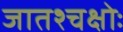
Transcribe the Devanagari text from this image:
जातश्चक्षोः